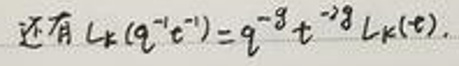
还有 $L_k(q^{-1}t^{-1}) = q^{-g}t^{-2g}L_k(t).$